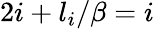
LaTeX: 2i+l_{i}/\beta=i